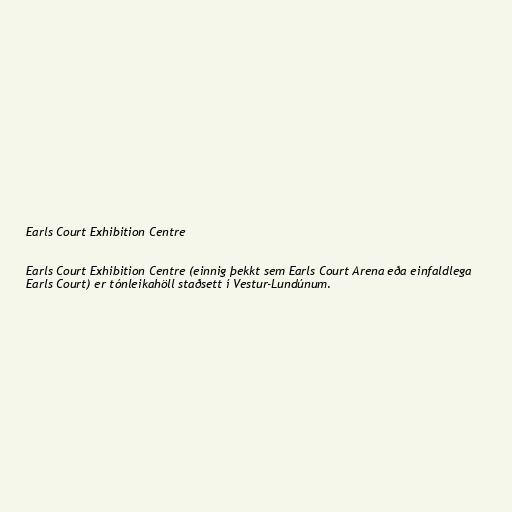
Earls Court Exhibition Centre

Earls Court Exhibition Centre (einnig þekkt sem Earls Court Arena eða einfaldlega
Earls Court) er tónleikahöll staðsett í Vestur-Lundúnum.